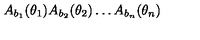
A _ { b _ { 1 } } ( \theta _ { 1 } ) A _ { b _ { 2 } } ( \theta _ { 2 } ) \dots A _ { b _ { n } } ( \theta _ { n } )